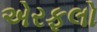
એરફલો